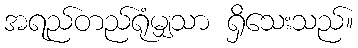
အရည်တည်ရုံမျှသာ ရှိသေးသည်။